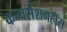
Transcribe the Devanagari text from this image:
कन्वर्सेशनहॉस